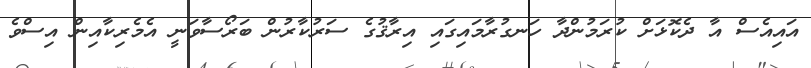
އައިއެސް އާ ދެކޮޅަށް ކުރަމުންދާ ހަނގުރާމައިގައި އިރާޤުގެ ސަރުކާރުން ބަރޯސާވަނީ އެމެރިކާއިން އިސްވެ